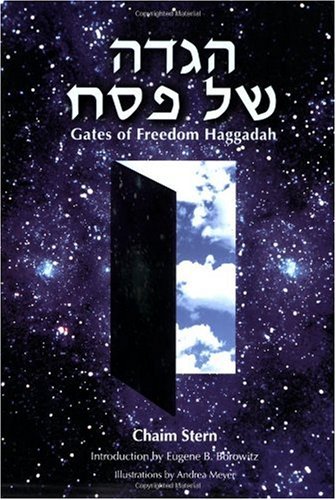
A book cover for Gates of Freedom - A Passover Haggadah; Chaim Stern; Religion & Spirituality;